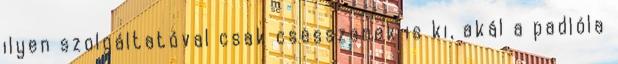
ilyen szolgáltatóval csak csesszenek is ki, akál a padlóla